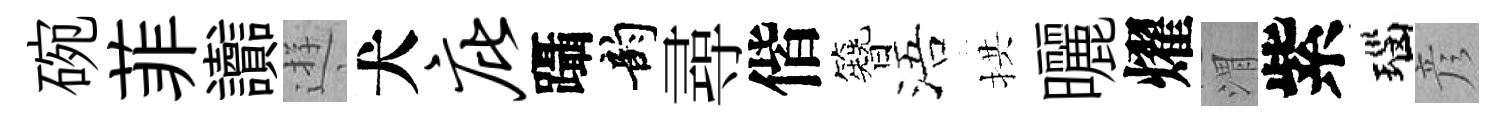
碗菲讟逰犬庇躡韵尋偕簪浯拱曬燿渭紫瑙彦